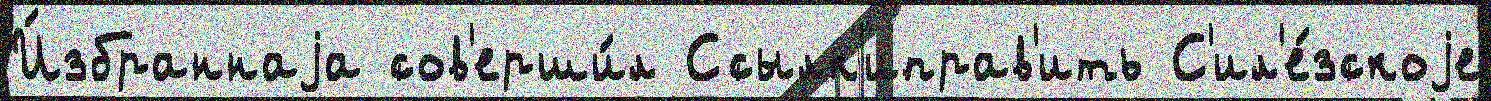
И́збраннаjа сов'ерши́л Ссылк'иправ'ить С'ил'е́зскоjе